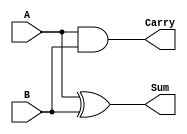
module ha(A,B,Carry,Sum);
	input A,B;
	output Carry,Sum;
	assign Carry = A&B;
	assign Sum = A^B;
endmodule

module test;
	reg a,b;
	wire carry,sum;
	ha ga(a,b,carry,sum);
	initial begin
		$dumpfile("halfAdder.vcd");
		$dumpvars(0,test);
		$display("A\tB\tCarry\tSum");
		$monitor("%b\t%b\t%b\t%b",a,b,carry,sum);
		#0 a=0;b=0;
		#10 a=0;b=1;
		#10 a=1;b=0;
		#10 a=1;b=1;
		#10
		$finish;
	end
endmodule